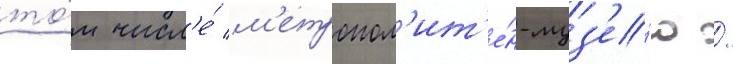
то́м числ'е́ м'етропол'ит'е́н-муз'е́ю /